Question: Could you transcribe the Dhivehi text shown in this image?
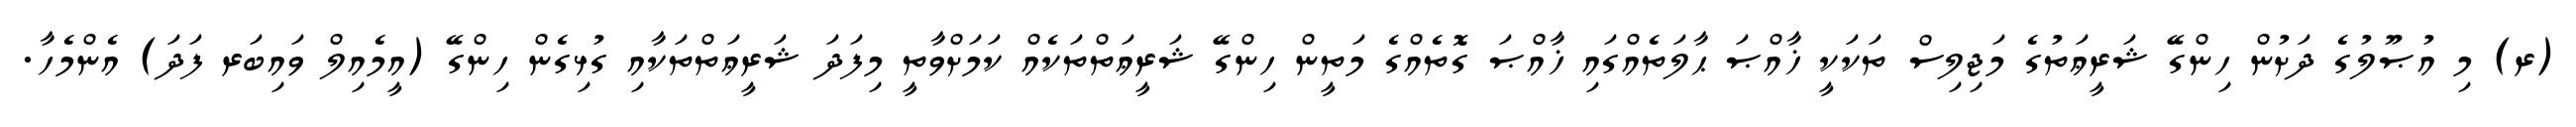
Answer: (ރ) މި އުޞޫލުގެ ދަށުން ހިންގޭ ޝަރީޢަތުގެ މަޖިލިސް ތަކަކީ ޚާއްޞަ ޙާލަތެއްގައި ޚާއްޞަ ގޮތެއްގެ މަތީން ހިންގޭ ޝަރީޢަތްތަކެއް ކަމަށްވާތީ މިފަދަ ޝަރީޢަތްތަކާއި ގުޅިގެން ހިންގޭ (އީމެއިލް ވައިބަރ ފަދަ) އެންމެހާ.